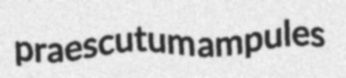
praescutum ampules